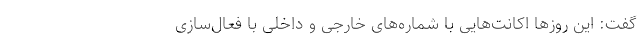
گفت: این روزها اکانت‌هایی با شماره‌های خارجی و داخلی با فعال‌سازی